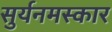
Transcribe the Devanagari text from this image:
सुर्यनमस्कार